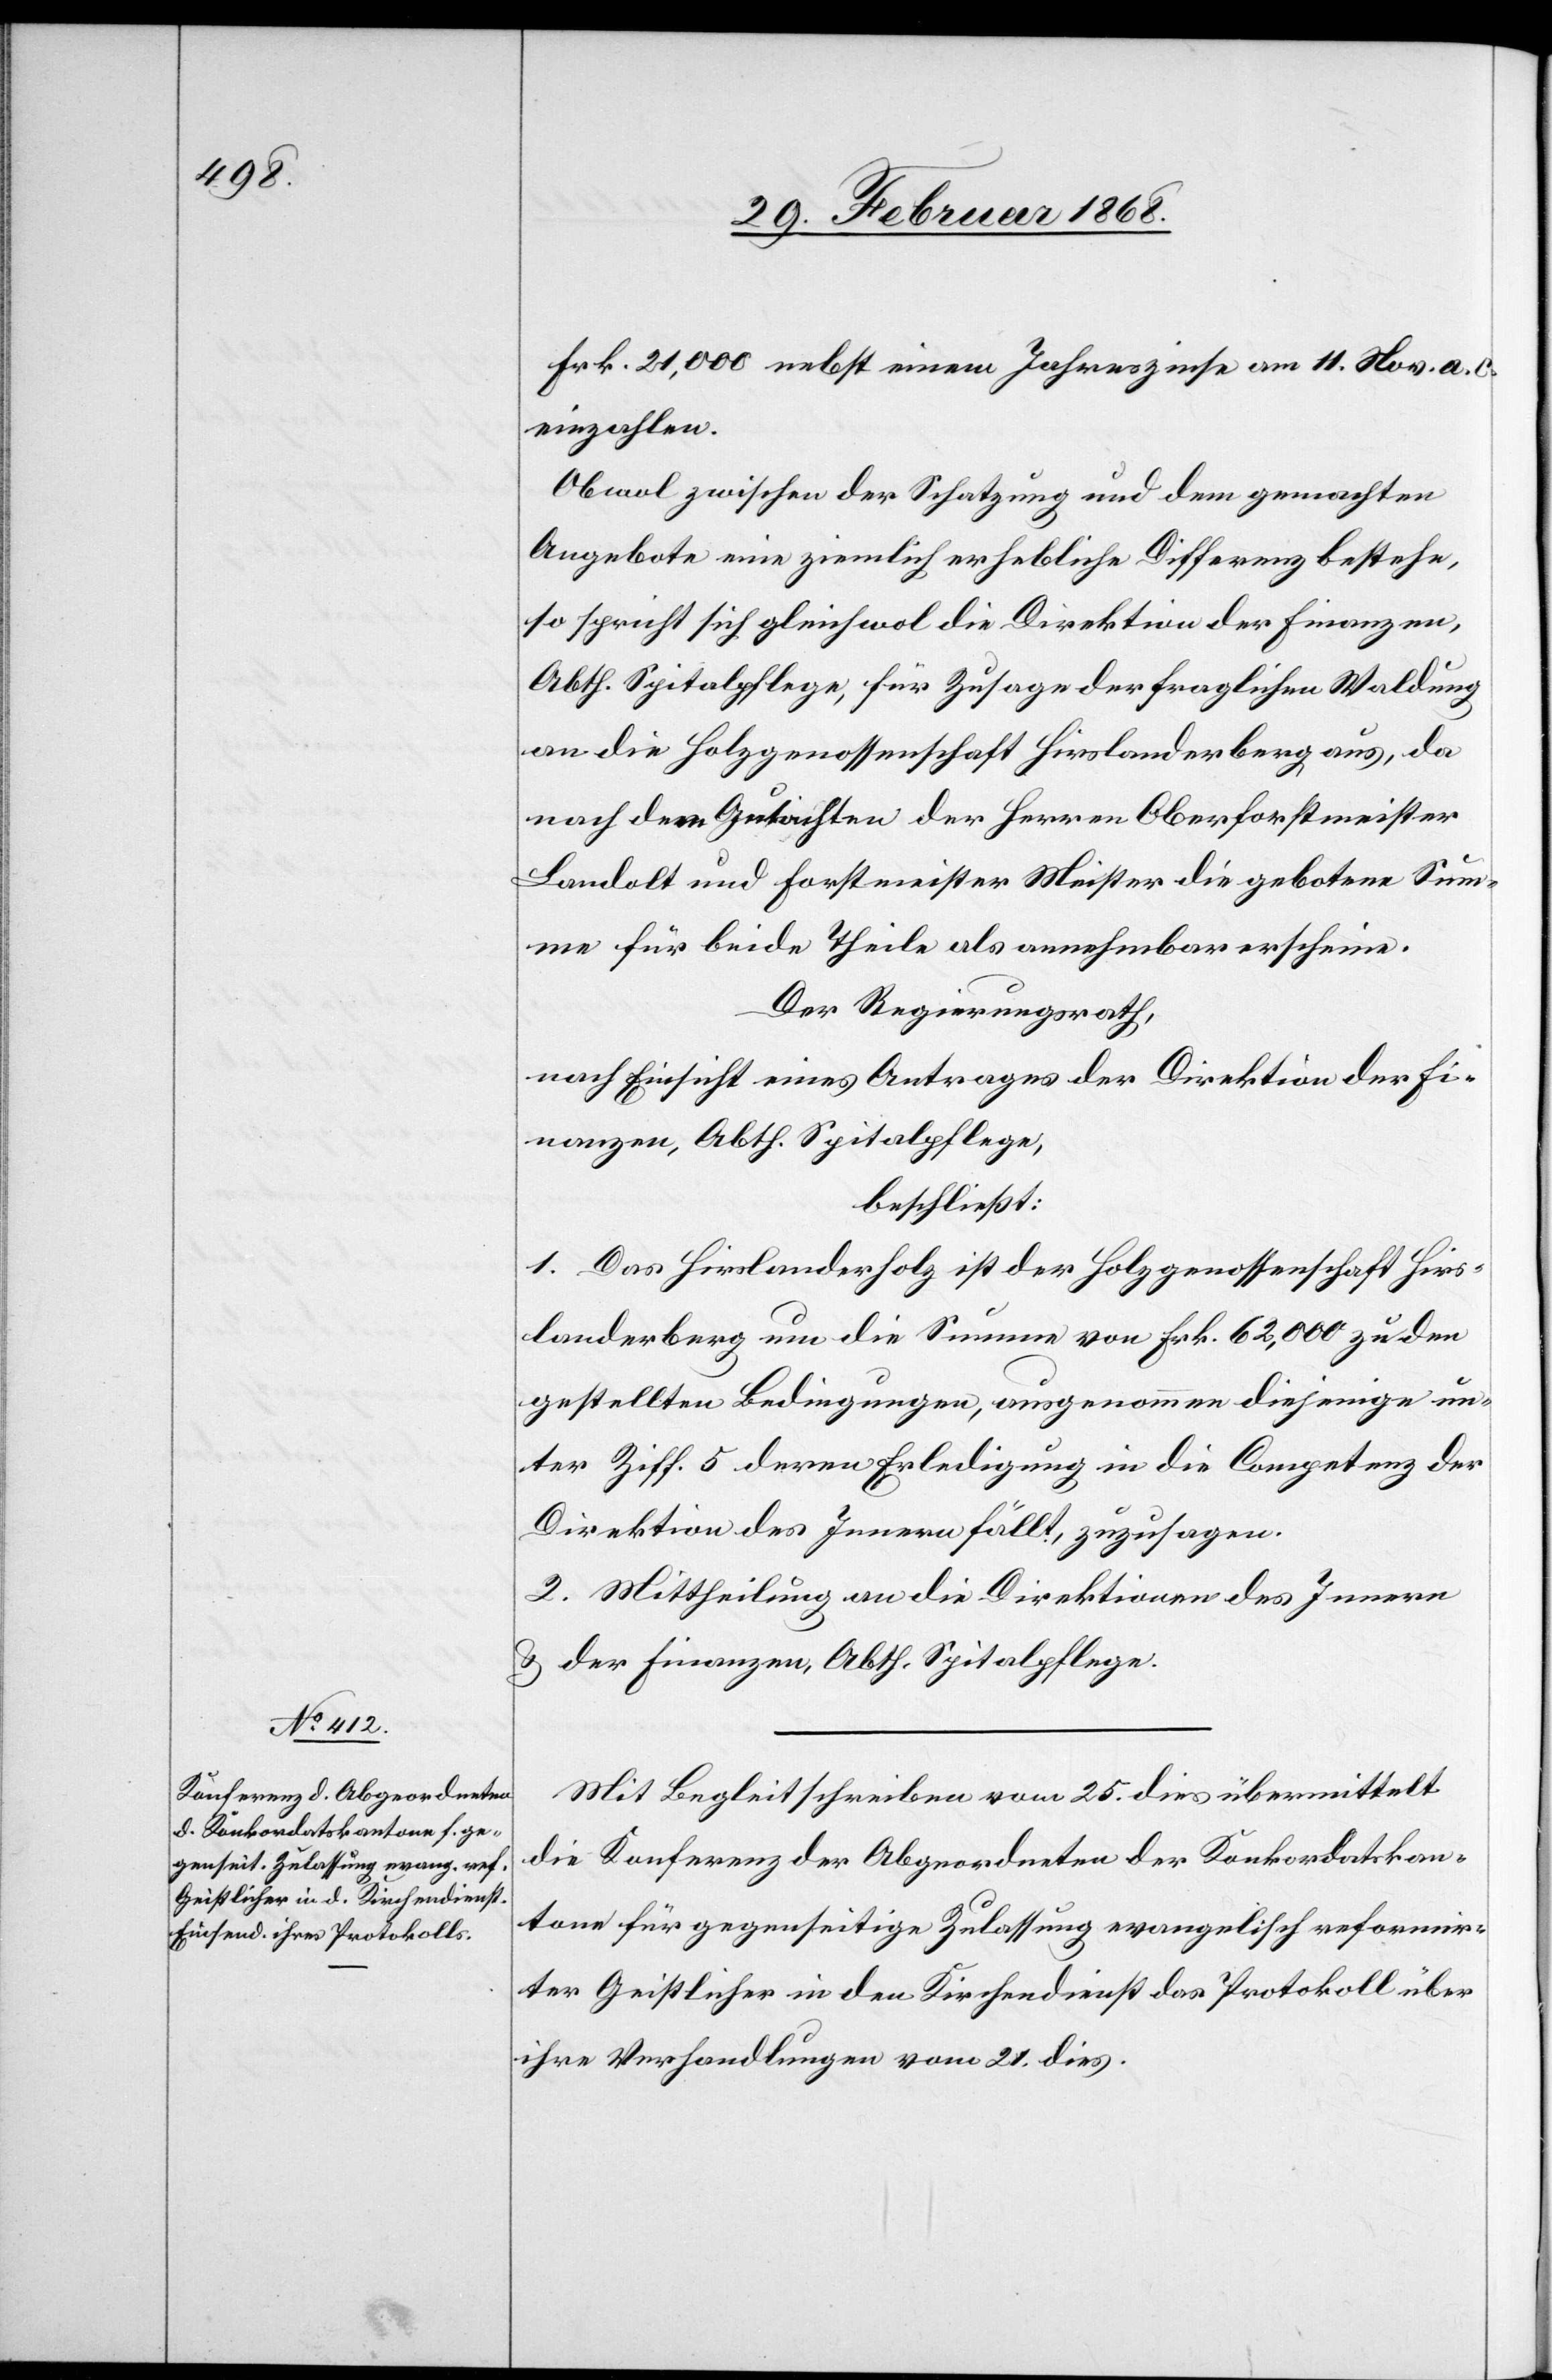
Frk. 21,000 nebst einem Jahreszinse am 11. Nov. a. c.
einzahlen.
Obwol zwischen der Schatzung und dem gemachten
Angebote eine ziemlich erhebliche Differenz bestehe,
so spricht sich gleichwol die Direktion der Finanzen,
Abth. Spitalpflege, für Zusage der fraglichen Waldung
an die Holzgenossenschaft Hirslanderberg aus, da
nach dem Gutachten der Herren Oberforstmeister
Landolt und Forstmeister Meister die gebotene Sum¬
me für beide Theile als annehmbar erscheine.
Der Regierungsrath,
nach Einsicht eines Antrages der Direktion der Fi¬
nanzen, Abth. Spitalpflege,
beschließt:
1. Das Hirslanderholz ist der Holzgenossenschaft Hirs¬
landerberg um die Summe von Frk. 62,000 zu den
gestellten Bedingungen, ausgenommen diejenige un¬
ter Ziff. 5 deren Erledigung in die Competenz der
Direktion des Innern fällt, zuzusagen.
2. Mittheilung an die Direktionen des Innern
& der Finanzen, Abth. Spitalpflege.
Mit Begleitschreiben vom 25. dies übermittelt
die Konferenz der Abgeordneten der Konkordatskan¬
tone für gegenseitige Zulassung evangelisch reformir¬
ter Geistlicher in den Kirchendienst das Protokoll über
ihre Verhandlungen vom 21. dies.